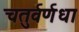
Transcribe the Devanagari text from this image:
चतुर्वर्णधा